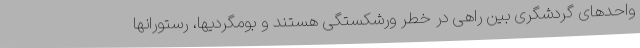
واحدهای گردشگری بین راهی در خطر ورشکستگی هستند و بومگردیها، رستورانها